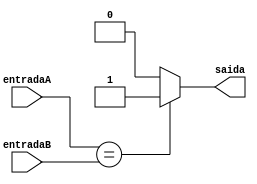
module comparador_ID(
  input[31:0] entradaA, entradaB,
  output reg saida
  );

  always @ ( * ) begin
    if (entradaA == entradaB)
      saida = 1;

    else
      saida = 0;
  end
  
  endmodule